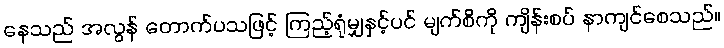
နေသည် အလွန် တောက်ပသဖြင့် ကြည့်ရုံမျှနှင့်ပင် မျက်စိကို ကျိန်းစပ် နာကျင်စေသည်။